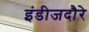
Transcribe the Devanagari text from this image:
इंडीजदौरे